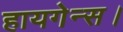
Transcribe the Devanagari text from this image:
हायगेन्स।